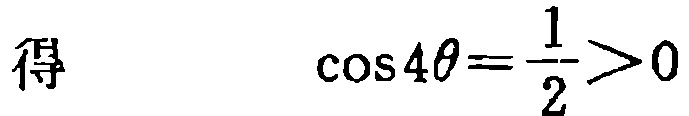
得 \(\cos 4\theta=\frac{1}{2}>0\)